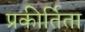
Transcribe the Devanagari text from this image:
प्रकीर्तिता